Report of the Indian Hemp Drugs Commission, 1894-1895 - Volume V
Year: 1894
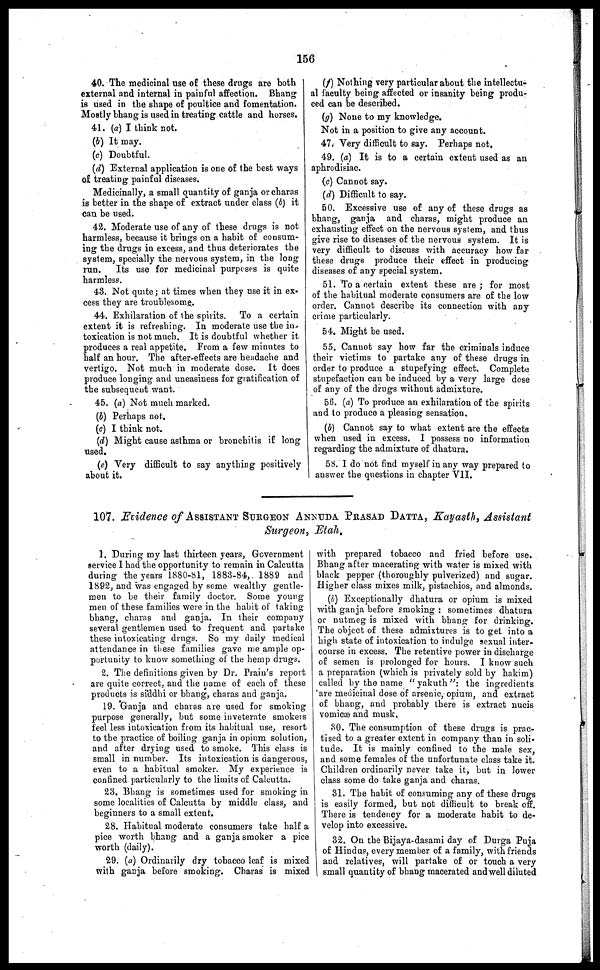
156
40. The medicinal use of these drugs are both
external and internal in painful affection. Bhang
is used in the shape of poultice and fomentation.
Mostly bhang is used in treating cattle and horses.
41. (a) I think not.
(b) It may.
(c) Doubtful.
(d) External application is one of the best ways
of treating painful diseases.
Medicinally, a small quantity of ganja or charas
is better in the shape of extract under class (b) it
can be used.
42. Moderate use of any of these drugs is not
harmless, because it brings on a habit of consum-
ing the drugs in excess, and thus deteriorates the
system, specially the nervous system, in the long
run.
Its use for medicinal purposes is quite
harmless.
43. Not quite; at times when they use it in ex-
cess they are troublesome.
44. Exhilaration of the spirits. To a certain
extent it is refreshing. In moderate use the in
toxication is not much. It is doubtful whether it
produces a real appetite. From a few minutes to
half an hour. The after-effects are headache and
vertigo. Not much in moderate dose. It does
produce longing and uneasiness for gratification of
the subsequent want.
45. (a) Not much marked.
(b) Perhaps not.
(c) I think not.
(d) Might cause asthma or bronchitis if long
used.
(e) Very difficult to say anything positively
about it.
(f) Nothing very particular about the intellectu-
al faculty being affected or insanity being produ-
ced can be described.
(g) None to my knowledge.
Not in a position to give any account.
47. Very difficult to say. Perhaps not.
49. (a) It is to a certain extent used as an
aphrodisiac.
(c) Cannot say.
(d) Difficult to say.
50. Excessive use of any of these drugs as
bhang, ganja and charas, might produce an
exhausting effect on the nervous system, and thus
give rise to diseases of the nervous system. It is
very difficult to discuss with accuracy how far
these drugs produce their effect in producing
diseases of any special system.
51. To a certain extent these are; for most
of the habitual moderate consumers are of the low
order. Cannot describe its connection with any
crime particularly.
54. Might be used.
55. Cannot say how far the criminals induce
their victims to partake any of these drugs in
order to produce a stupefying effect. Complete
stupefaction can be induced by a very large dose
of any of the drugs without admixture.
56. (a) To produce an exhilaration of the spirits
and to produce a pleasing sensation,
(b) Cannot say to what extent are the effects
when used in excess. I possess no information
regarding the admixture of dhatura.
58. I do not find myself in any way prepared to
answer the questions in chapter VII.
107. Evidence of ASSISTANT SURGEON ANNUDA PRASAD DATTA, Kayasth, Assistant
Surgeon, Etah.
1. During my last thirteen years, Government
service I had the opportunity to remain in Calcutta
during the years 1880-81, 1883-84, 1889 and
1892, and was engaged by some wealthy gentle-
men to be their family doctor. Some young
men of these families were in the habit of taking
bhang, chants and ganja. In their company
several gentlemen used to frequent and partake
these intoxicating drugs. So my daily medical
attendance in these families gave me ample op-
portunity to know something of the hemp drugs.
2. The definitions given by Dr. Prain's report
are quite correct, and the name of each of these
products is siddhi or bhang, charas and ganja.
19. Ganja and charas are used for smoking
purpose generally, but some inveterate smokers
feel less intoxication from its habitual use, resort
to the practice of boiling ganja in opium solution,
and after drying used to smoke. This class is
small in number. Its intoxication is dangerous,
even to a habitual smoker. My experience is
confined particularly to the limits of Calcutta.
23. Bhang is sometimes used for smoking in
some localities of Calcutta by middle class, and
beginners to a small extent.
28. Habitual moderate consumers take half a
pice worth bhang and a ganja smoker a pice
worth (daily).
29. (a) Ordinarily dry tobacco leaf is mixed
with ganja before smoking. Charas is mixed
with prepared tobacco and fried before use.
Bhang after macerating with water is mixed with
black pepper (thoroughly pulverized) and sugar.
Higher class mixes milk, pistachios, and almonds.
(b) Exceptionally dhatura or opium is mixed
with ganja before smoking: sometimes dhatura
or nutmeg is mixed with bhang for drinking.
The object of these admixtures is to get into a
high state of intoxication to indulge sexual inter-
course in excess. The retentive power in discharge
of semen is prolonged for hours. I know such
a preparation (which is privately sold by hakim)
called by the name "yakuth": the ingredients
are medicinal dose of arsenic, opium, and extract
of bhang, and probably there is extract nucis
vomicæ and musk.
30. The consumption of these drugs is prac-
tised to a greater extent in company than in soli-
tude. It is mainly confined to the male sex,
and some females of the unfortunate class take it.
Children ordinarily never take it, but in lower
class some do take ganja and charas.
31. The habit of consuming any of these drugs
is easily formed, but not difficult to break off.
There is tendency for a moderate habit to de-
velop into excessive.
32. On the Bijaya-dasami day of Durga Puja
of Hindus, every member of a family, with friends
and relatives, will partake of or touch a very
small quantity of bhang macerated and well diluted